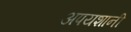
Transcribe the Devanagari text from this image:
अपयशानी